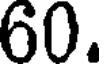
60.